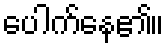
ပေါက်နေ၏။